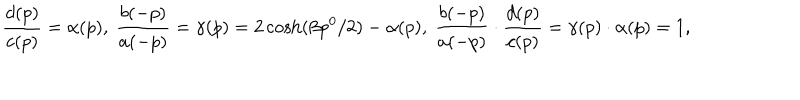
LaTeX: \frac { d ( p ) } { c ( p ) } = \alpha ( p ) , \ \frac { b ( - p ) } { a ( - p ) } = \gamma ( p ) = 2 \cosh ( \beta p ^ { 0 } / 2 ) - \alpha ( p ) , \ \frac { b ( - p ) } { a ( - p ) } \cdot \frac { d ( p ) } { c ( p ) } = \gamma ( p ) \cdot \alpha ( p ) = 1 ,